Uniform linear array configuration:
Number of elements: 12
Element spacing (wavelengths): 0.5
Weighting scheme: cosine
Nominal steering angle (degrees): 45
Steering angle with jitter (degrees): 44.763
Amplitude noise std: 0.05
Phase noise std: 0.05

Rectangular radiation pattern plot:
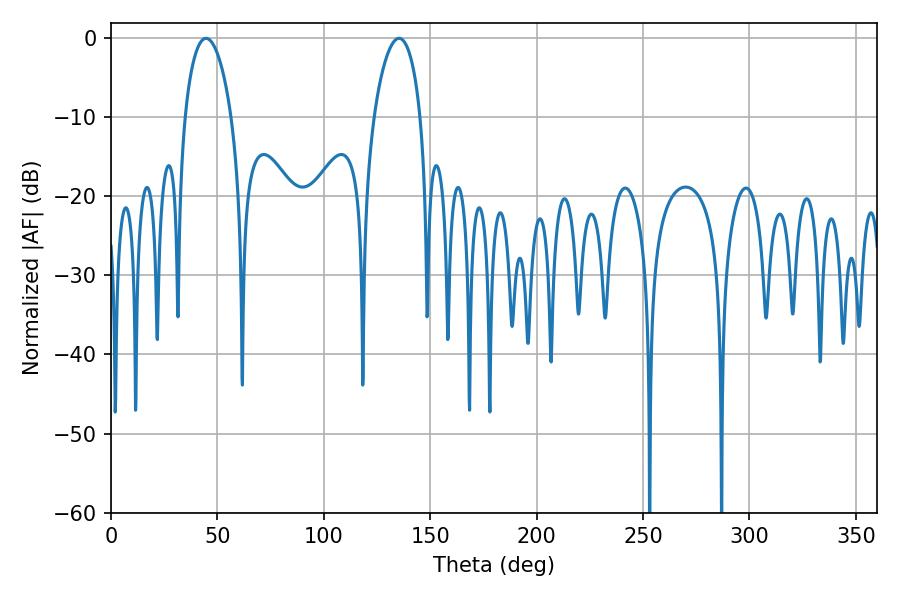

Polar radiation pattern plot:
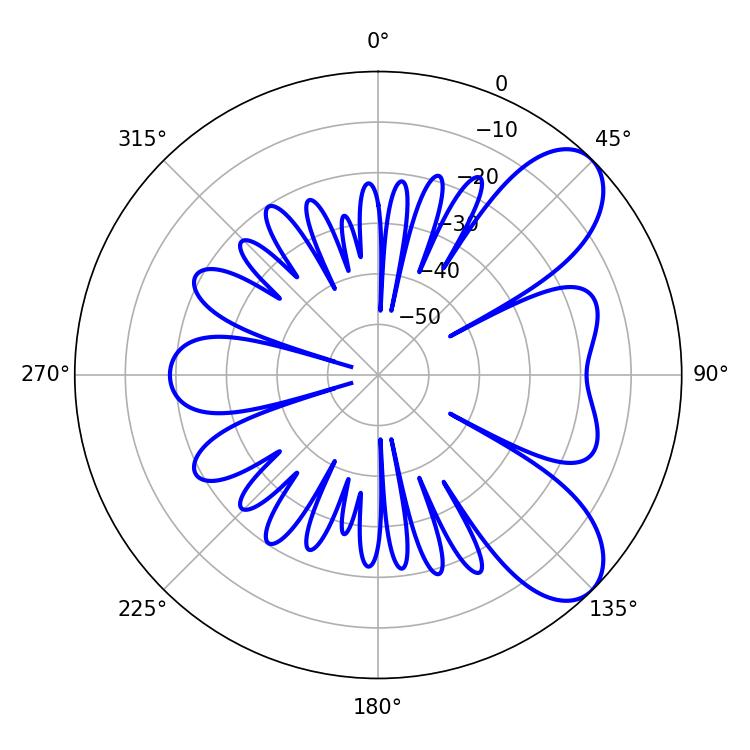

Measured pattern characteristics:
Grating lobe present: FALSE
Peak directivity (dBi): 7.792
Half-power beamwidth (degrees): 12.42
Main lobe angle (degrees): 44.64